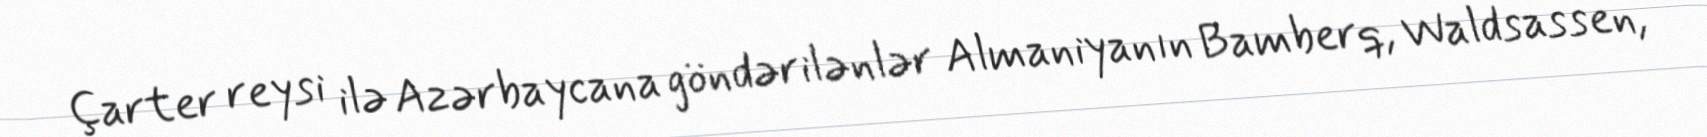
Çarter reysi ilə Azərbaycana göndərilənlər Almaniyanın Bamberq, Waldsassen,